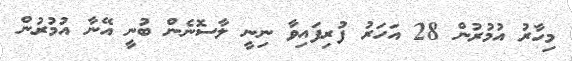
މިހާރު އުމުރުން 28 އަހަރު ފުރިފައިވާ ނިނީ ލާސޮނެން ބުނީ އޭނާ އުމުރުން